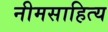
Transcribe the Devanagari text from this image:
नीमसाहित्य